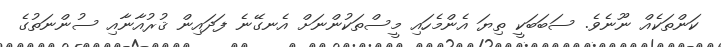
ކަންތަކެއް ނޫނެވެ. ސަބަބަކީ ތިޔަ އެންމެހައި މީސްތަކުންނަށް އެނގޭނެ ފަދައިން ޤުރުއާނާއި ސުންނަތުގެ